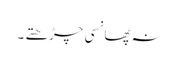
نہ پھانسی چڑھتے ۔